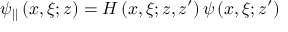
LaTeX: \psi _ { | | } \left( x , \xi ; z \right) = H \left( x , \xi ; z , z ^ { \prime } \right) \psi \left( x , \xi ; z ^ { \prime } \right)